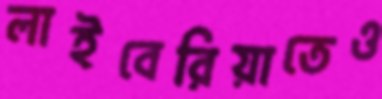
লাইবেরিয়াতেও